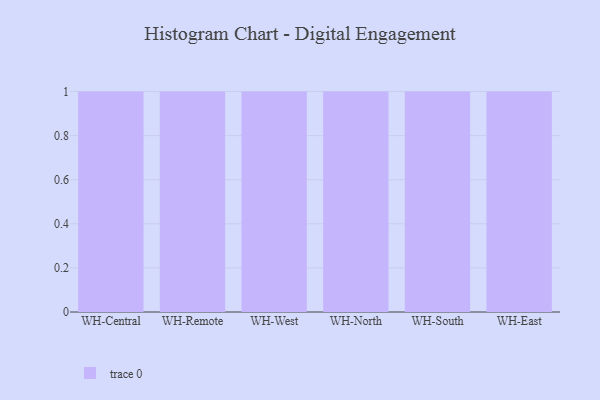
{"axis": {"x": "Warehouse", "y": "Market Share (%)"}, "legend": [""], "data": [{"x": "WH-Central", "y": 92, "type": ""}, {"x": "WH-Remote", "y": 37, "type": ""}, {"x": "WH-West", "y": 22, "type": ""}, {"x": "WH-North", "y": 1, "type": ""}, {"x": "WH-South", "y": 72, "type": ""}, {"x": "WH-East", "y": 24, "type": ""}]}